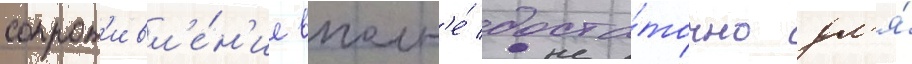
сопрот'ивл'е́н'ие вполн'е́ доста́точно дл'я́